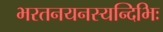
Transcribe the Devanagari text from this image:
भरतनयनस्यन्दिभिः